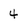
Character: 4